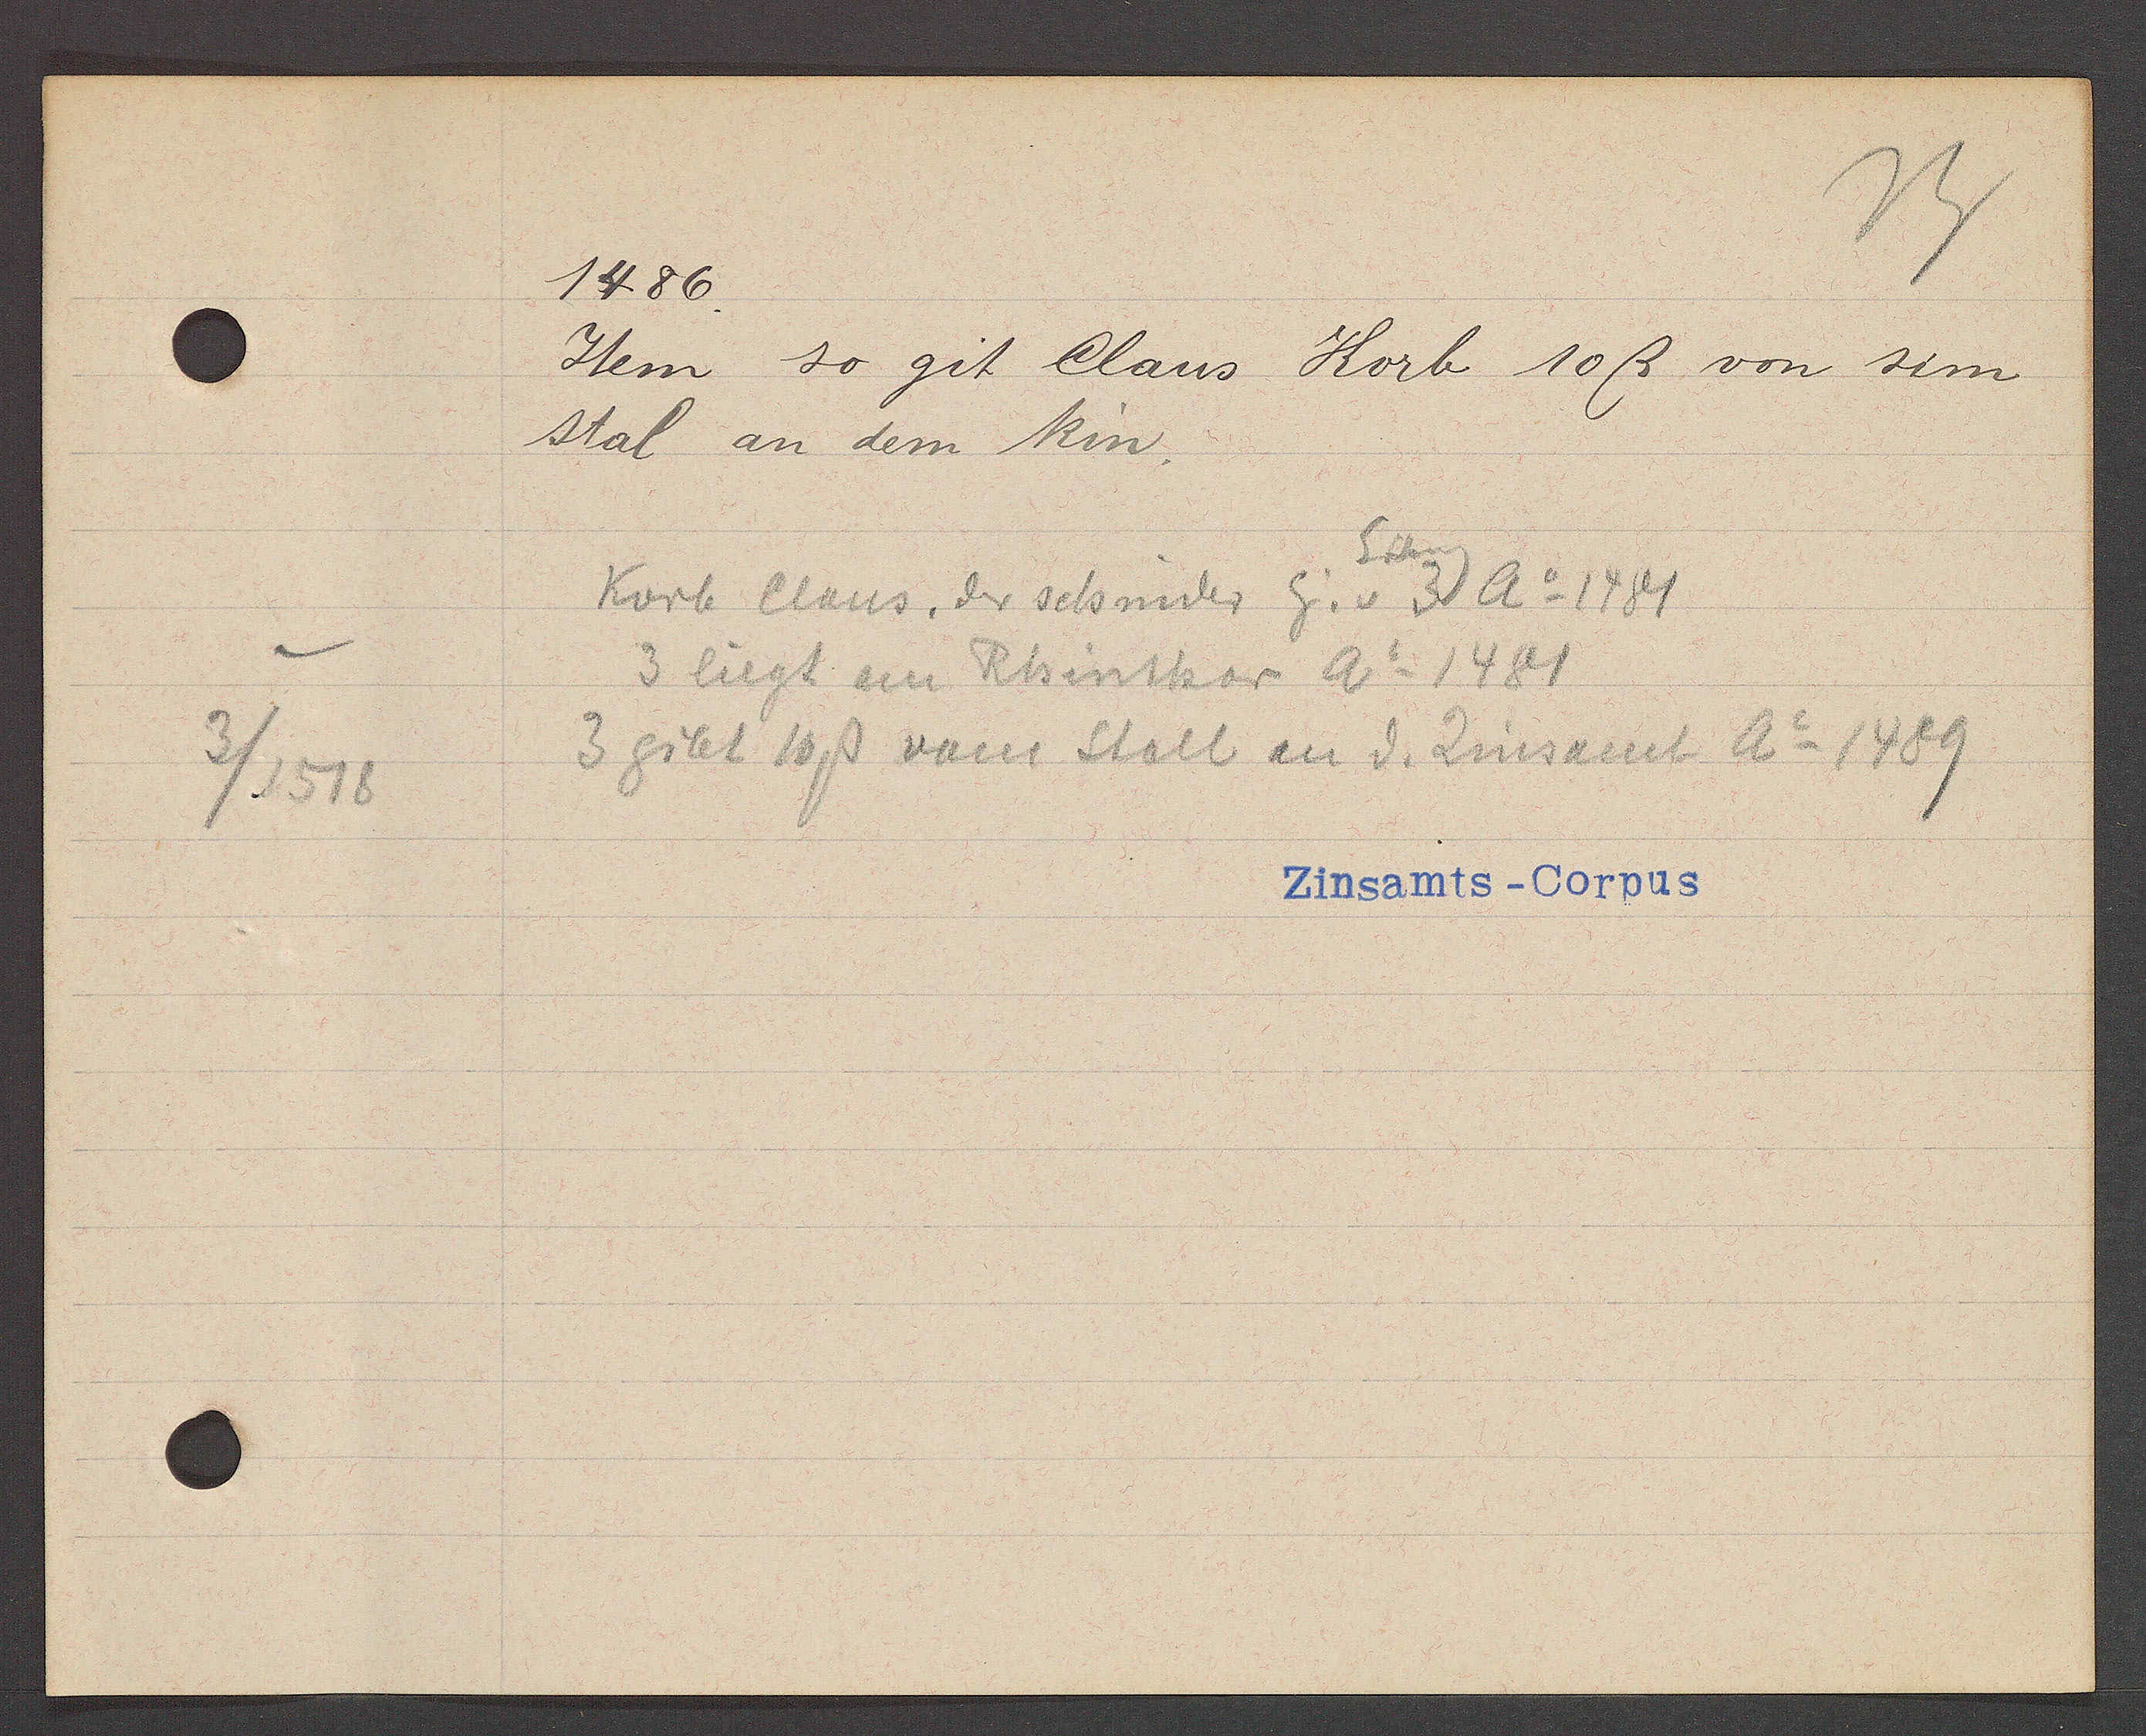
Transcript:
3/1518

1486.
Item so git Claus Korb 10ß von sim
Stal an dem Rin.
Eiseng
Korb Claus, der schnider Eg. v 3 Ao 1481
3 liegt am Rhinthor Ao 1481
3 gibt 10ß vom Stall an d. Zinsamt Ao 1489